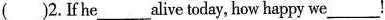
（） 2.If he ___ alive today, how happy we ___ !